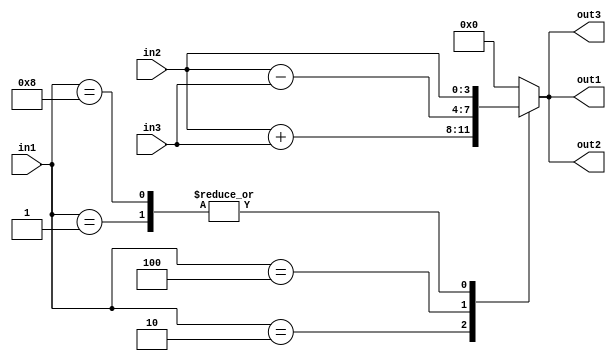
module autoconstant_gooch
  (/*AUTOARG*/
   // Outputs
   out1, out2, out3,
   // Inputs
   in1, in2, in3
   );
   
   input [3:0]  in1;
   input [3:0]  in2;
   input [3:0]  in3;
   output [3:0] out1;
   reg [3:0]    out1;
   output [3:0] out2;
   reg [3:0]    out2;
   output [3:0] out3;
   reg [3:0]    out3;
   
   
   
   always @(/*AUTOSENSE*/in1 or in2 or in3)
     begin
        case (in1)
          4'b0001 :     begin
             out1  = in2;
          end
          4'b0010 :     begin
             out1  = in2 + in3;
          end
          4'b0100 :     begin
             out1  = in2 - in3;
          end
          4'b1000 :     begin
             out1  = in2;
          end
          default       :       begin
             out1  = {4{1'b0}};
          end
        endcase
     end
   
   
   always @(/*AUTOSENSE*/in1 or in2 or in3)
     begin
        case (in1)
          4'b0001 :     begin
             out2  = in2;
          end
          4'b0010 :     begin
             out2  = in2 + in3;
          end
          4'b0100 :     begin
             out2  = in2 - in3;
          end
          4'b1000 :     begin
             out2  = in2;
          end
          default       :       begin
             out2  = {4{1'b0}};
          end
        endcase
     end
   
   
   always @(/*AUTOSENSE*/in1 or in2 or in3)
     begin
        /* AUTO_CONSTANT( temp )*/
        /* AxxxUTO_CONSTANT temp */
        out3   = in1 + in2;
        temp2  = temp;
        
        // ERROR here - above constant definition is not
        // correct - no braces - and so parser keeps looking
        // for the first variable it finds between a pair of
        // braces - in this case, in2. This in2 is now a
        // "constant" and is removed from all sensitivity lists.
        // ( in2 )
        
        case (in1)
          4'b0001 :     begin
             out3  = in2;
          end
          4'b0010 :     begin
             out3  = in2 + in3;
          end
          4'b0100 :     begin
             out3  = in2 - in3;
          end
          4'b1000 :     begin
             out3  = in2;
          end
          default       :       begin
             out3  = {4{1'b0}};
          end
        endcase
     end
   
   
   
endmodule